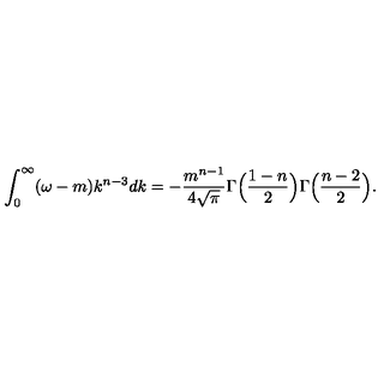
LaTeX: \int _ { 0 } ^ { \infty } ( \omega - m ) k ^ { n - 3 } d k = - \frac { m ^ { n - 1 } } { 4 \sqrt { \pi } } \Gamma \Bigl ( \frac { 1 - n } { 2 } \Bigr ) \Gamma \Bigl ( \frac { n - 2 } { 2 } \Bigr ) .